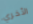
الأخري